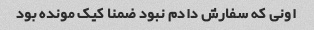
اونی که سفارش دادم نبود ضمنا کیک مونده بود